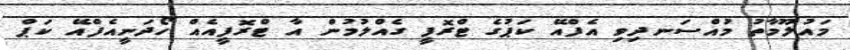
މައުލޫމާތު މުއްސަނދިވި އެފްއޭ ކަޕުގެ ޓްރޮފީ ގެއްލުމުން އާ ޓްރޮފީއެއް ހޯދަނީއެފްއޭ ކަޕް